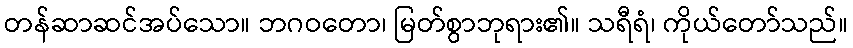
တန်ဆာဆင်အပ်သော။ ဘဂဝတော၊ မြတ်စွာဘုရား၏။ သရီရံ၊ ကိုယ်တော်သည်။